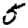
Digit: 5